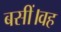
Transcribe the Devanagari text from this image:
बसीं।वह